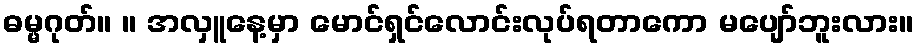
ဓမ္မဂုတ်။ ။ အလှူနေ့မှာ မောင်ရှင်လောင်းလုပ်ရတာကော မပျော်ဘူးလား။